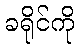
ခရိုင်ကို